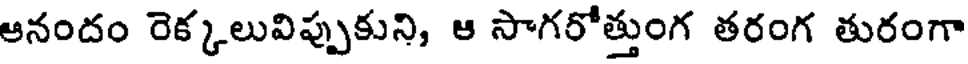
ఆనందం రెక్కలువిప్పుకుని, ఆ సాగరోత్తుంగ తరంగ తురంగా